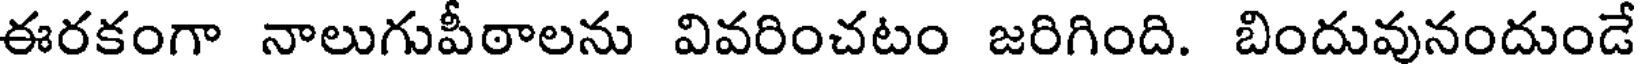
ఈరకంగా నాలుగుపీఠాలను వివరించటం జరిగింది. బిందువునందుండే